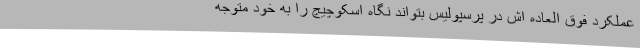
عملکرد فوق العاده اش در پرسپولیس بتواند نگاه اسکوچیچ را به خود متوجه